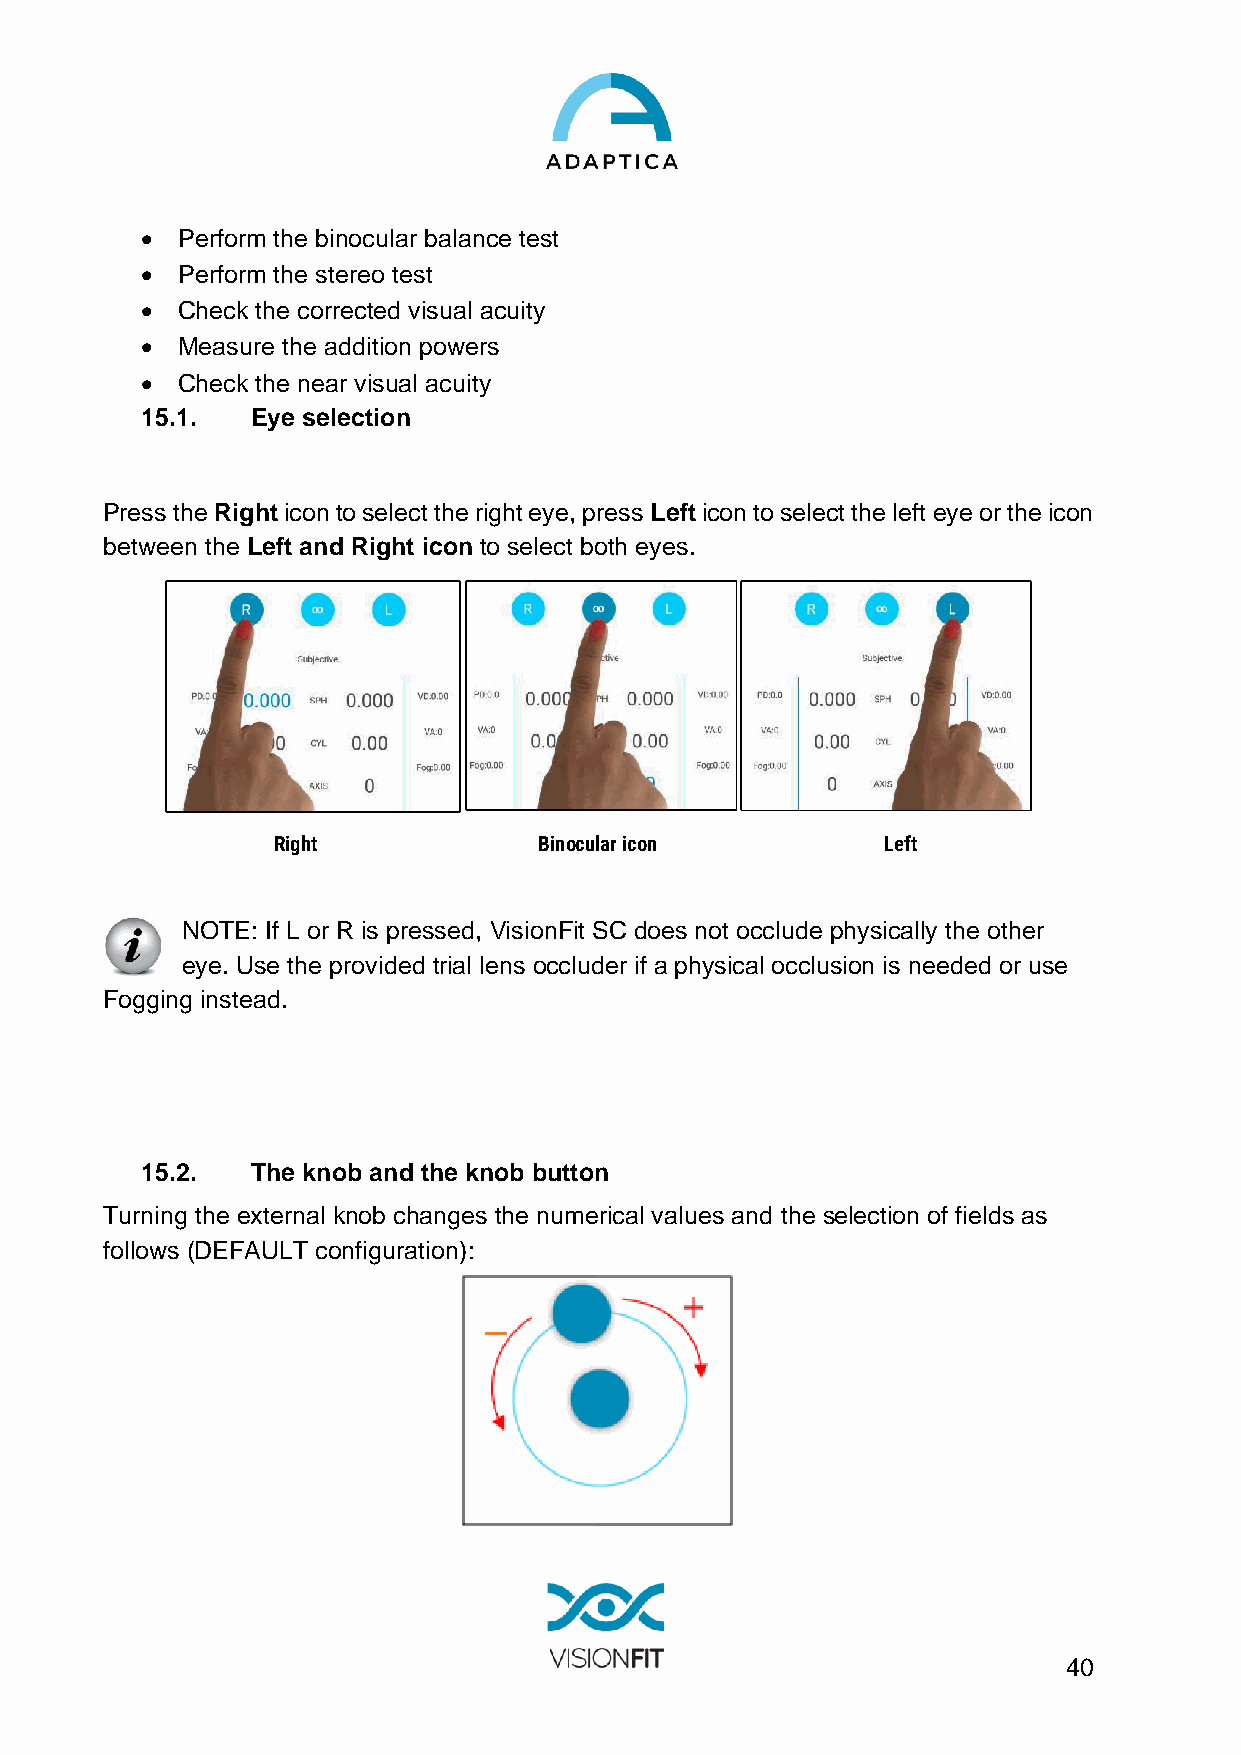
•  Perform the binocular balance test
 •  Perform the stereo test
 •  Check the corrected visual acuity
 •  Measure the addition powers
 •  Check the near visual acuity
 15.1.   Eye selection
 Press the Right icon to select the right eye, press Left icon to select the left eye or the icon
 between the Left and Right icon to select both eyes.
 Right             Binocular icon        Left
 NOTE: If L or R is pressed, VisionFit SC does not occlude physically the other
 eye. Use the provided trial lens occluder if a physical occlusion is needed or use
 Fogging instead.
 15.2.   The knob and the knob button
 Turning the external knob changes the numerical values and the selection of fields as
 follows (DEFAULT configuration):
 40